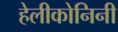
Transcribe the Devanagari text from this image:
हेलीकोनिनी